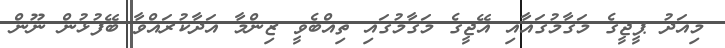
މިއަދު ޕީޖީގެ މަގާމުގައާއި އޭޖީގެ މަގާމުގައި ތިއްބެވީ ޒިންމާ އަދާކުރައްވާ ބޭފުޅުން ނޫން